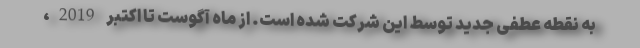
به نقطه عطفی جدید توسط این شرکت شده است. از ماه آگوست تا اکتبر 2019،